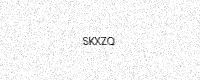
Text: SKXZQ